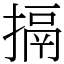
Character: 搹